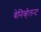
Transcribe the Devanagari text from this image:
बेनिव्हेलन्ट